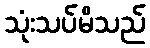
သုံးသပ်မိသည်